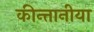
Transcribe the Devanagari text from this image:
कीन्तानीया